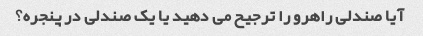
آیا صندلی راهرو را ترجیح می دهید یا یک صندلی در پنجره؟